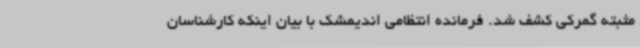
مثبته گمرکی کشف شد. فرمانده انتظامی اندیمشک با بیان اینکه کارشناسان